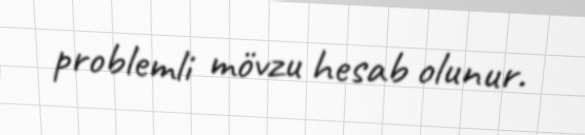
problemli mövzu hesab olunur.